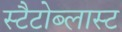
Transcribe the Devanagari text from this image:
स्टैटोब्लास्ट